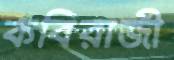
কবিরাজী